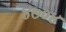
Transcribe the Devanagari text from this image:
४७०४